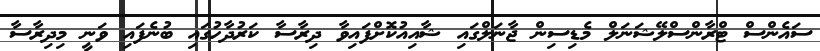
ސައެންސް ޓްރާންސްލޭޝަނަލް މެޑިސިން ޖާނަލްގައި ޝާއިއުކޮށްފައިވާ ދިރާސާ ކަރުދާހުގައި ބުނެފައި ވަނީ މިދިރާސާ